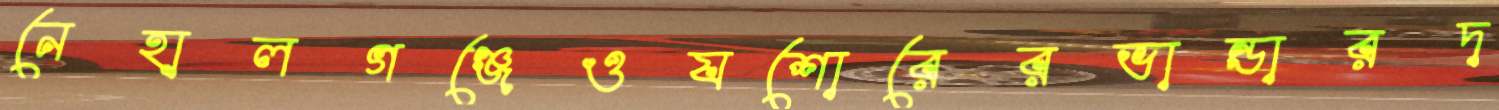
নেহালগঞ্জেওযশোরেরভান্ডারদ